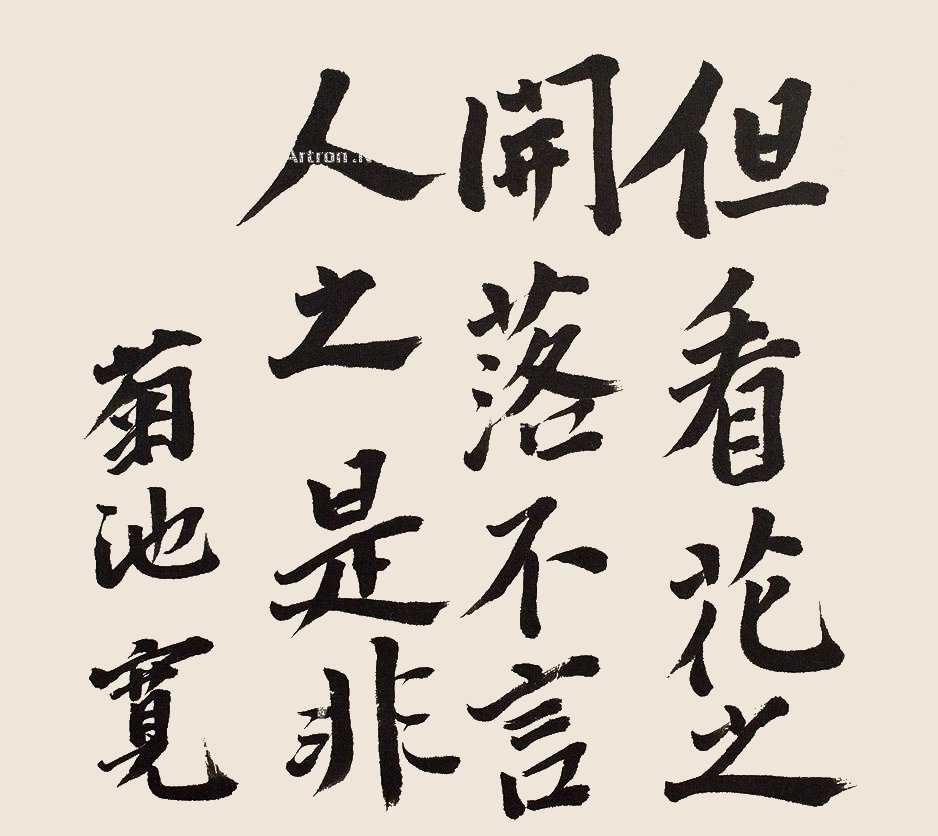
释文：但看花之开落不言人之是非。菊池宽。